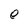
Character: e